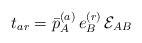
\begin{align*}t_{ar} = \bar p^{(a)}_A \, e^{(r)}_B \, {\cal E}_{AB}\end{align*}